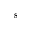
s